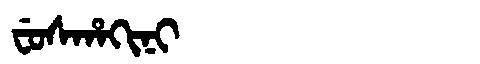
Manchu: ᠸᡠᠰᡥᠠᡴᡳᠨᡳ
Romanization: FUSHAKINI